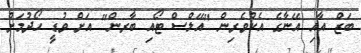
ބަޒް އާއި އޭނާގެ އެކުވެރިން "އޭލްސް ޓޯއި ބާރން" އަށް ވުޑީ ހޯދުމަށް